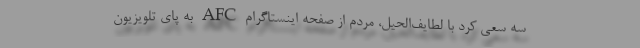
سه سعی کرد با لطایف‌الحیل، مردم از صفحه اینستاگرام AFC به پای تلویزیون